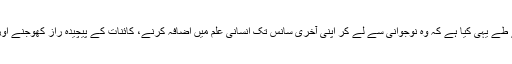
مگر بدقسمتی سے چوں کہ وہ مسلمان نہیں تھے، اس لیے ہم نے طے یہی کیا ہے کہ وہ نوجوانی سے لے کر اپنی آخری سانس تک انسانی علم میں اضافہ کرنے، کائنات کے پیچیدہ راز کھوجنے اور پھر آنکھین بند کر لینے کے بعد جہنم میں جا پہنچے ہوں گے۔